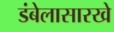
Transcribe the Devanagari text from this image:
डंबेलासारखे